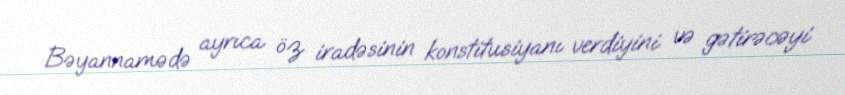
Bəyannamədə ayrıca öz iradəsinin konstitusiyanı verdiyini və gətirəcəyi